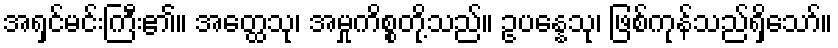
အရှင်မင်းကြီး၏။ အတ္ထေသု၊ အမှုကိစ္စတို့သည်။ ဥပန္နေသု၊ ဖြစ်ကုန်သည်ရှိသော်။